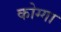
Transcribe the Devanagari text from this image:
कोग्गा